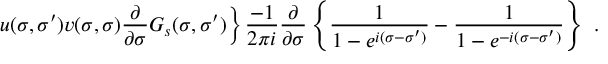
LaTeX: \left. u ( \sigma , \sigma ^ { \prime } ) v ( \sigma , \sigma ) \frac { \partial } { \partial \sigma } { \cal G } _ { s } ( \sigma , \sigma ^ { \prime } ) \right\} \frac { - 1 } { 2 \pi i } \frac { \partial } { \partial \sigma } \left\{ \frac 1 { 1 - e ^ { i ( \sigma - \sigma ^ { \prime } ) } } - \frac 1 { 1 - e ^ { - i ( \sigma - \sigma ^ { \prime } ) } } \right\} \, \, .